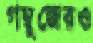
গম্বুজেরও